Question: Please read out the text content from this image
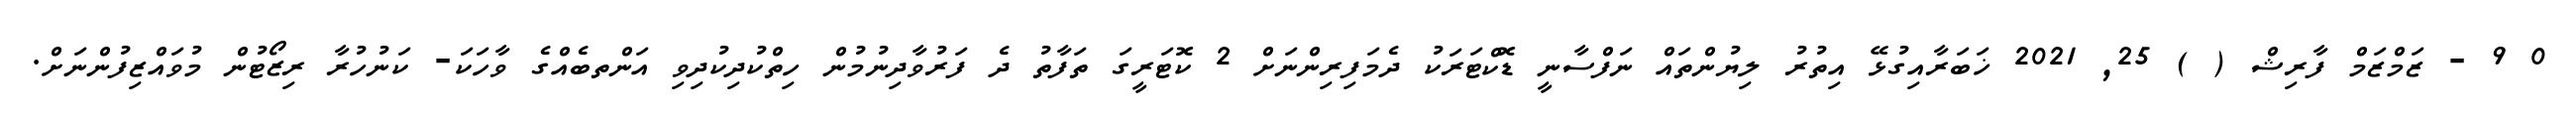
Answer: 0 9 - ޒަމްޒަމް ފާރިޝް ( ) 25, 2021 ޚަބަރާއިގުޅޭ އިތުރު ލިޔުންތައް ނަފްސާނީ ޑޮކްޓަރަކު ދެމަފިރިންނަށް 2 ކޮޓަރީގަ ތަފާތު ދެ ފަރުވާދިނުމުން ހިތްކުދިކުދިވި އަންތބެއްގެ ވާހަކަ- ކަނުހުރާ ރިޒޯޓުން މުވައްޒިފުންނަށް.